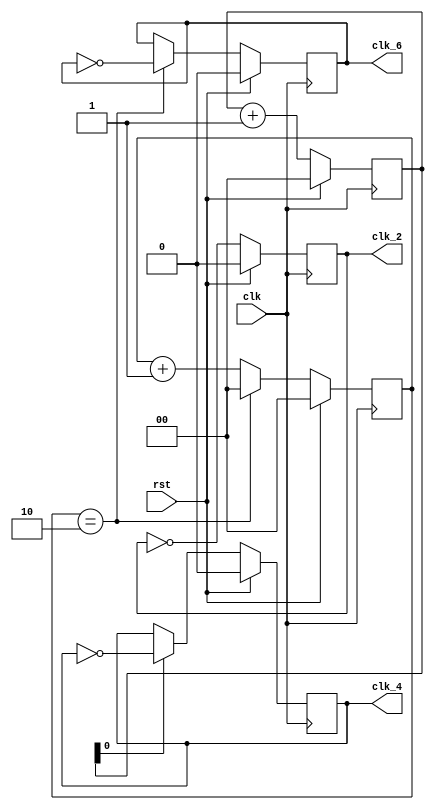
module clk_divide(
    input clk, rst,
    output reg clk_2, clk_4, clk_6
);

reg [1:0] count;
reg [1:0] count2;
reg enb;

// assign clk_out = count[3];

always @ (posedge clk) begin
    if (rst) begin
        count <= 2'b0;
        count2 <= 2'b0;
        clk_2 <= 1'b0;
        clk_4 <= 1'b0;
        clk_6 <= 1'b0;
    end
    else begin
        count <= count + 2'b1;

        clk_2 <= ~clk_2;
        
        if (count[0]) begin
            clk_4 <= ~clk_4;
        end
        

        if (count2 == 2'd2) begin
            count2 <= 2'b0;
            clk_6 <= ~clk_6;
        end
        else begin
            count2 <= count2 + 2'b1;
        end
    end
end

endmodule